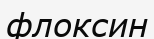
флоксин